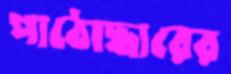
পাঠোদ্ধারের